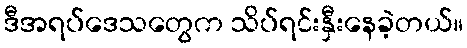
ဒီအရပ်ဒေသတွေက သိပ်ရင်းနှီးနေခဲ့တယ်။